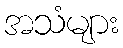
အသံများ